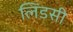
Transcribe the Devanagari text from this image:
लिंडसी